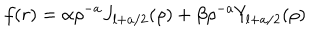
f ( r ) = \alpha \rho ^ { - a } J _ { l + a / 2 } ( \rho ) + \beta \rho ^ { - a } Y _ { l + a / 2 } ( \rho ) \,